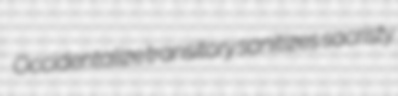
Occidentalize transitory sanitizes sacristy